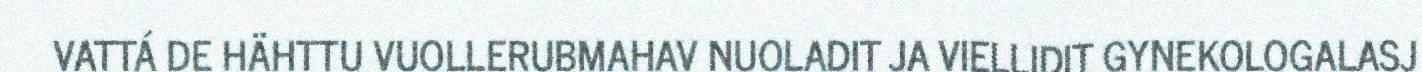
VATTÁ DE HÄHTTU VUOLLERUBMAHAV NUOLADIT JA VIELLIDIT GYNEKOLOGALASJ